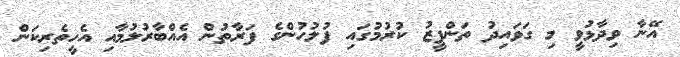
އޭނާ ވިދާޅުވީ މި ގަވައިދު ތަންފީޒު ކުރުމުގައި ފުލުހުންގެ ފަރާތުން އެއްބާރުލުމާއި އެހީތެރިކަން